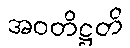
အဝတိဋ္ဌတိ